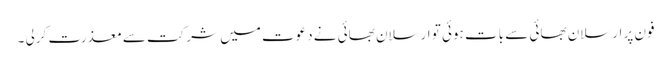
فون پر ارسلان بھائی سے بات ہوئی تو ارسلان بھائی نے دعوت میں شرکت سے معذرت کرلی ۔